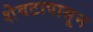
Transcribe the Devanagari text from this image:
शेवटापासून